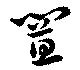
置